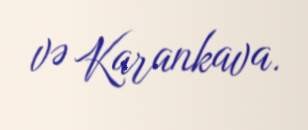
və Karankava.